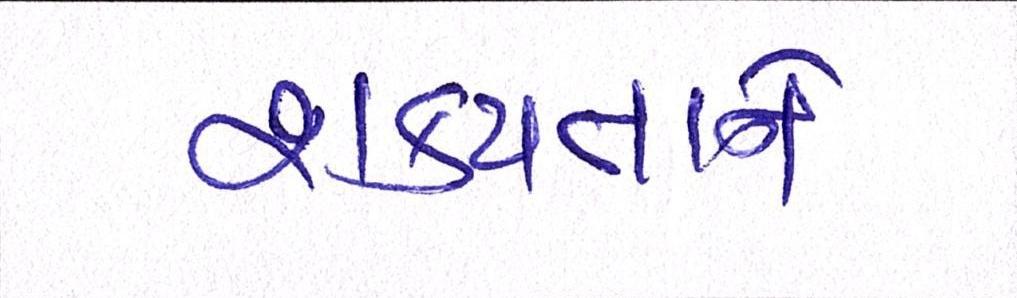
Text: શક્યતાને